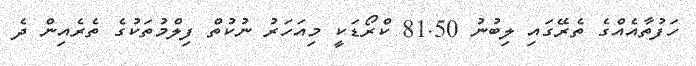
ހަފުތާއެއްގެ ތެރޭގައި ލިބުނު 81.50 ކްރޯޑަކީ މިއަހަރު ނުކުތް ފިލްމުތަކުގެ ތެރެއިން ދެ